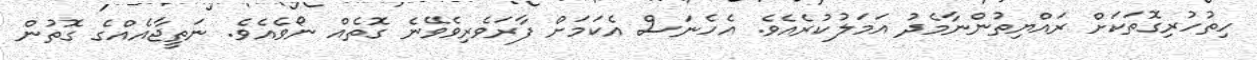
ހިތުހުރިގޮތަކަށް ރައްޔިތުންނާމެދު އަމަލުކުރެއެވެ. އެހެނަސް އެކަމަށް ފާރަވެރިވެވޭނެ ގޮތެއް ނޯވެއެވެ. ނަތީޖާއެއްގެ ގޮތުން